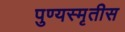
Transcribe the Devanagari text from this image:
पुण्यस्मृतीस